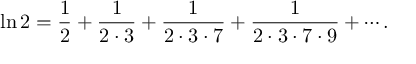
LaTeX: \ln 2 = { \frac { 1 } { 2 } } + { \frac { 1 } { 2 \cdot 3 } } + { \frac { 1 } { 2 \cdot 3 \cdot 7 } } + { \frac { 1 } { 2 \cdot 3 \cdot 7 \cdot 9 } } + \cdots .